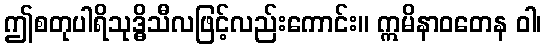
ဤစတုပါရိသုဒ္ဓိသီလဖြင့်လည်းကောင်း။ ဣမိနာဝတေန ဝါ၊